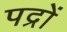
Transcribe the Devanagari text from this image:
पद्रों